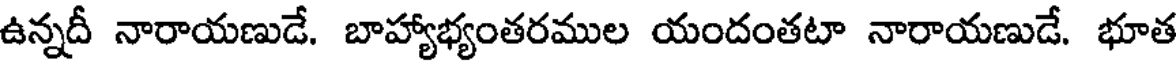
ఉన్నదీ నారాయణుడే. బాహ్యాభ్యంతరముల యందంతటా నారాయణుడే. భూత